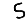
Digit: 5